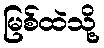
မြစ်ထဲသို့